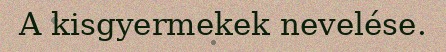
A kisgyermekek nevelése.